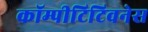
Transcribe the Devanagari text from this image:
कॉम्पीटिटिवनेस